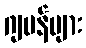
ဂျပန်များ